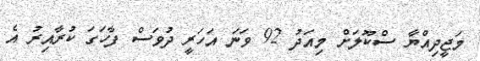
މަޖީދިއްޔާ ސްކޫލަށް މިއަދު 92 ވަނަ އަހަރީ ދުވަސް ފާހަގަ ކުރާއިރު އެ